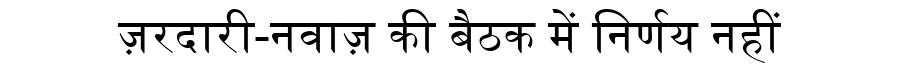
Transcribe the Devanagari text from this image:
ज़रदारी-नवाज़ की बैठक में निर्णय नहीं